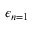
\epsilon _ { n = 1 }